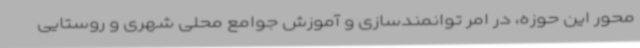
محور این حوزه، در امر توانمندسازی و آموزش جوامع محلی شهری و روستایی